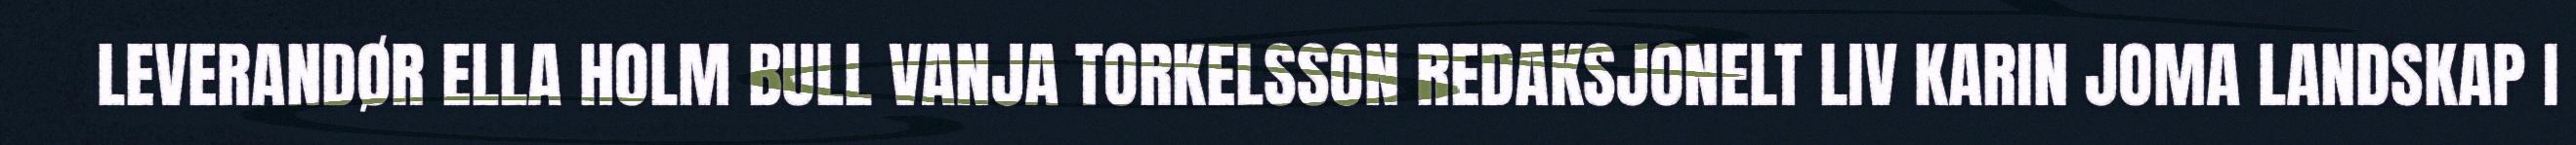
LEVERANDØR ELLA HOLM BULL VANJA TORKELSSON REDAKSJONELT LIV KARIN JOMA LANDSKAP I